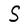
Character: S